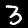
Label: 3